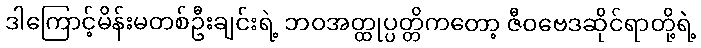
ဒါကြောင့်မိန်းမတစ်ဦးချင်းရဲ့ ဘဝအတ္ထုပ္ပတ္တိကတော့ ဇီဝဗေဒဆိုင်ရာတို့ရဲ့